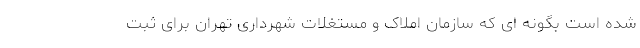
شده است بگونه ای که سازمان املاک و مستغلات شهرداری تهران برای ثبت